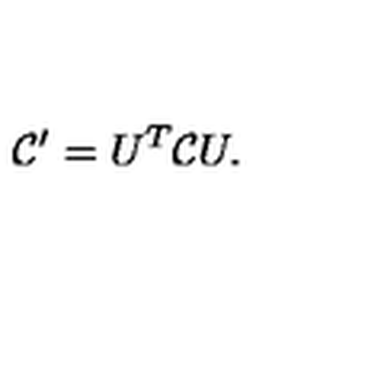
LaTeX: { \cal C } ^ { \prime } = U ^ { T } { \cal C } U .